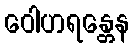
ဝေါဟရန္တေန